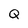
Character: Q